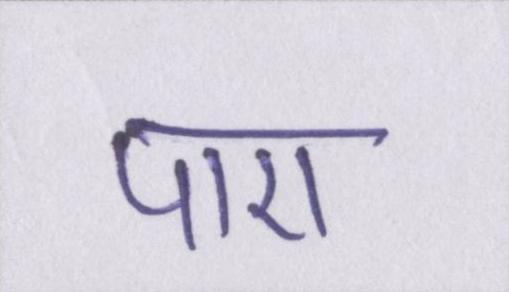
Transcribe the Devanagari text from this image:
पाए